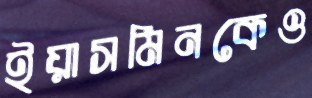
ইয়াসমিনকেও